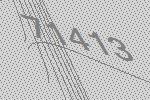
71413